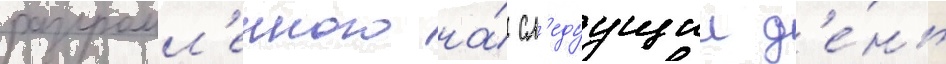
разгромл'енного на́ сл'едуущии д'е́нь